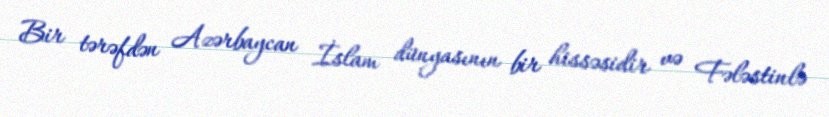
Bir tərəfdən Azərbaycan İslam dünyasının bir hissəsidir və Fələstinlə